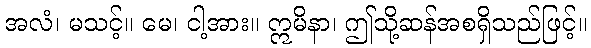
အလံ၊ မသင့်။ မေ၊ ငါ့အား။ ဣမိနာ၊ ဤသို့ဆန်အစရှိသည်ဖြင့်။